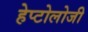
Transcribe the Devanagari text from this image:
हेप्टोलोजी